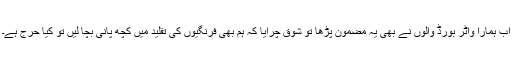
اب ہمارا واٹر بورڈ والوں نے بھی یہ مضمون پڑھا تو شوق چرایا کہ ہم بھی فرنگیوں کی تقلید میں کچھ پانی بچا لیں تو کیا حرج ہے۔